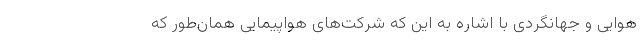
هوایی و جهانگردی با اشاره به این که شرکت‌های هواپیمایی همان‌طور که